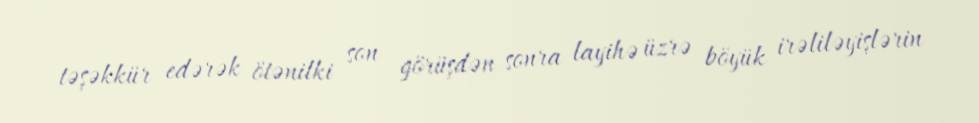
təşəkkür edərək ötənilki son görüşdən sonra layihə üzrə böyük irəliləyişlərin